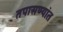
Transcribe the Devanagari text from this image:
तपासण्यांत